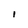
Character: 1